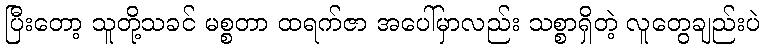
ပြီးတော့ သူတို့သခင် မစ္စတာ ထရက်ဇာ အပေါ်မှာလည်း သစ္စာရှိတဲ့ လူတွေချည်းပဲ